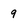
Character: 9